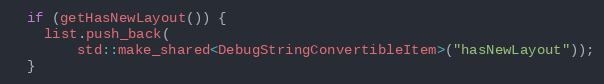
Language: C++
  if (getHasNewLayout()) {
    list.push_back(
        std::make_shared<DebugStringConvertibleItem>("hasNewLayout"));
  }